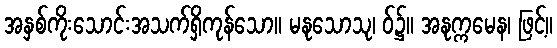
အနှစ်ကိုးသောင်းအသက်ရှိကုန်သော။ မနုသောသု၊ ဝ်၌။ အနုက္ကမေန၊ ဖြင့်။